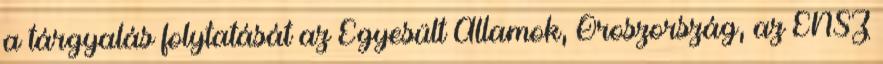
a tárgyalás folytatását az Egyesült Államok, Oroszország, az ENSZ